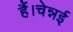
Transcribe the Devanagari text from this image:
हैं।चेन्नई